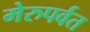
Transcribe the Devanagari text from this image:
मेरुपर्वत